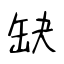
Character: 缺